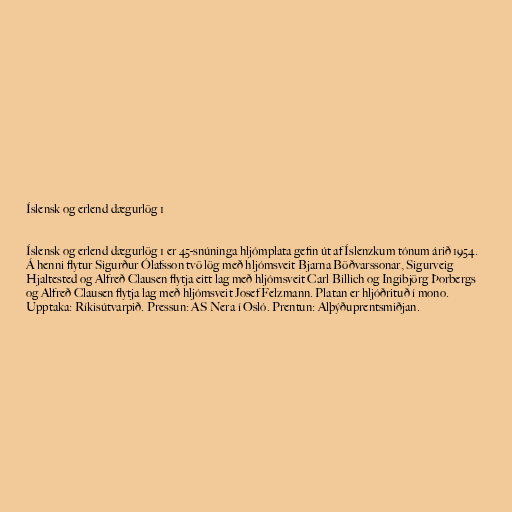
Íslensk og erlend dægurlög 1

Íslensk og erlend dægurlög 1 er 45-snúninga hljómplata gefin út af Íslenzkum tónum árið 1954.
Á henni flytur Sigurður Ólafsson tvö lög með hljómsveit Bjarna Böðvarssonar, Sigurveig
Hjaltested og Alfreð Clausen flytja eitt lag með hljómsveit Carl Billich og Ingibjörg Þorbergs
og Alfreð Clausen flytja lag með hljómsveit Josef Felzmann. Platan er hljóðrituð í mono.
Upptaka: Ríkisútvarpið. Pressun: AS Nera í Osló. Prentun: Alþýðuprentsmiðjan.